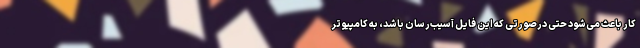
کار باعث می‌شود حتی درصورتی که این فایل آسیب‌رسان باشد، به کامپیوتر